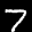
Label: 7